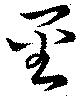
巠